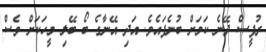
ރުޕީސް ދޭނެ ކަމަށް ބުނެފައެވެ. އަދި އޭނާގެ ބޯ ބޭލި މީހަކަށް ވެސް